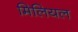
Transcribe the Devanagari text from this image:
मिलियल